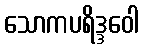
သောကပရိဒ္ဒဝေါ